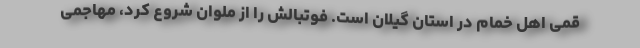
قمی اهل خمام در استان گیلان است. فوتبالش را از ملوان شروع کرد، مهاجمی